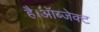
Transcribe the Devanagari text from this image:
है।ऑब्जेक्ट